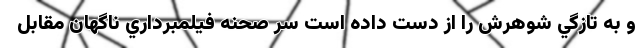
و به تازگي شوهرش را از دست داده است سر صحنه فيلمبرداري ناگهان مقابل